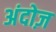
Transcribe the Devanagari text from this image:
अंदोज़